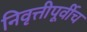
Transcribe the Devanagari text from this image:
निवृत्तीपूर्वीच